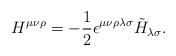
LaTeX: \begin{align*}H^{\mu\nu\rho} = - {1\over 2} \epsilon^{\mu\nu\rho\lambda\sigma}\tilde{H}_{\lambda\sigma}.\end{align*}